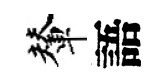
輦語